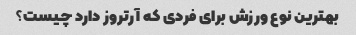
بهترین نوع ورزش برای فردی که آرتروز دارد چیست؟